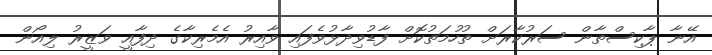
އޭނާ ޕާކިސްތާން ސަރުކާރަށް ތުހުމަތުކޮށް ފާޑުވިދާޅުވެފައި ވާއިރު އެމެރިކާގެ ދިފާއީ ވަޒީރު ލިއޯން